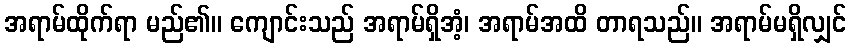
အရာမ်ထိုက်ရာ မည်၏။ ကျောင်းသည် အရာမ်ရှိအံ့၊ အရာမ်အထိ တာရသည်။ အရာမ်မရှိလျှင်